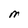
Character: M